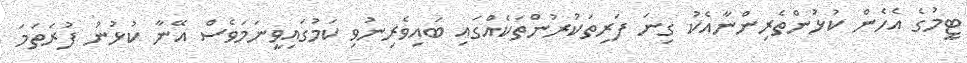
ޓީމުގެ އެހެން ކުޅުންތެރިންނާއެކު ގިނަ ފަރިތަކުރުންތަކެއްގައި ބައިވެރިނުވި ކަމުގައިވީނަމަވެސް އޭނާ ކުޅުނު ފުރަތަމަ